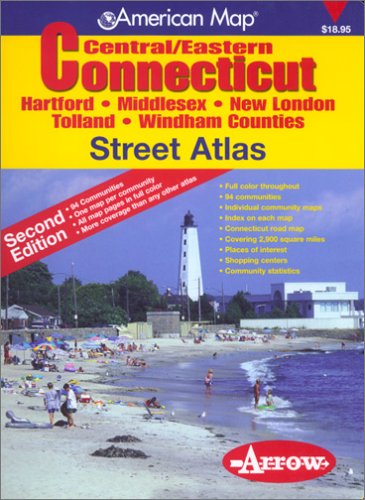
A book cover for Central/Eastern Connecticut Street Atlas; Inc. Arrow Map; Travel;